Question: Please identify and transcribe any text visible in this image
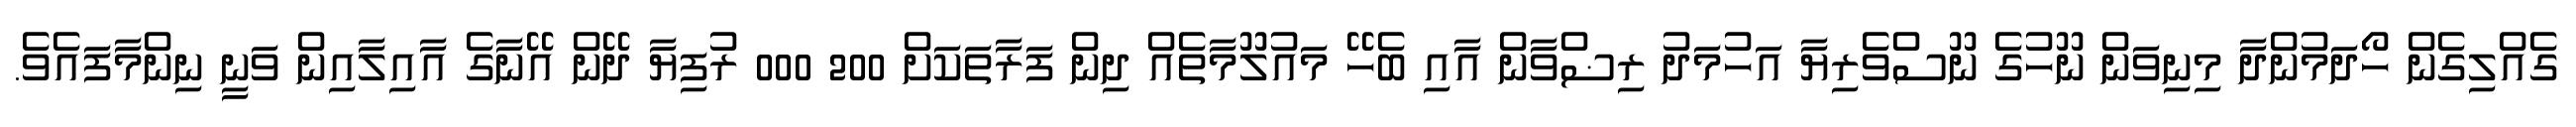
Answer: ގެއްލިގެން ހޯދަމުންދާ މިނިވަން ނޫހުގެ ނޫސްވެރިޔާ އަހުމަދު ރިޟްވާން އާއި ބެހޭ މައުލޫމާތެއް ދިން ފަރާތަކަށް 200 000 ރުފިޔާ ދޭން އޭނާގެ އާއިލާއިން ވަނީ ނިންމާފައެވެ.